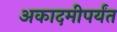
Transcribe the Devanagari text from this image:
अकादमीपर्यंत